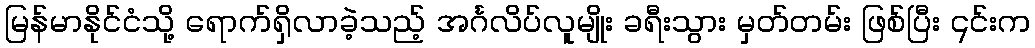
မြန်မာနိုင်ငံသို့ ရောက်ရှိလာခဲ့သည့် အင်္ဂလိပ်လူမျိုး ခရီးသွား မှတ်တမ်း ဖြစ်ပြီး ၎င်းက